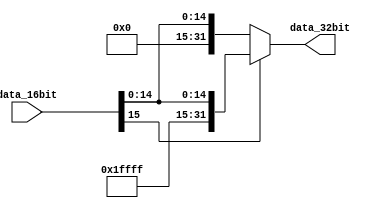
`timescale 1ns / 1ps
//////////////////////////////////////////////////////////////////////////////////
// Company: 
// Engineer: 
// 
// Design Name: 
// Module Name:    SignExpand 
// Project Name: 
// Target Devices: 
// Tool versions: 
// Description: 
//
// Dependencies: 
//
// Revision: 
// Revision 0.01 - File Created
// Additional Comments: 
//
//////////////////////////////////////////////////////////////////////////////////
module SignExpand(
		input [15:0] data_16bit,
		output reg [31:0] data_32bit
    );
	 
	 always @(data_16bit)
			if (data_16bit[15] == 0)
				data_32bit = {16'b0000_0000_0000_0000,data_16bit};
			else
			   data_32bit = {16'b1111_1111_1111_1111,data_16bit};

endmodule